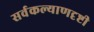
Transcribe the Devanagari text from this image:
सर्वकल्याणदृष्टी